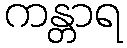
ကန္တာရ